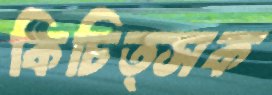
কিচিত্সক